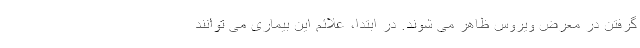
گرفتن در معرض ویروس ظاهر می شوند. در ابتدا، علائم این بیماری می توانند